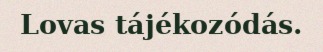
Lovas tájékozódás.